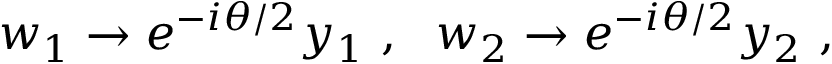
w _ { 1 } \to e ^ { - i \theta / 2 } y _ { 1 } ~ , ~ ~ w _ { 2 } \to e ^ { - i \theta / 2 } y _ { 2 } ~ ,